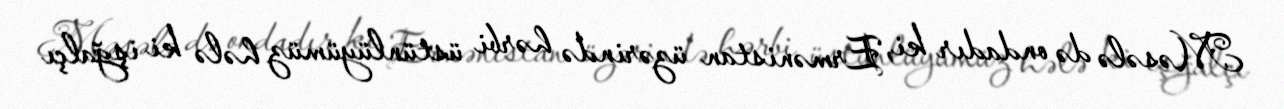
Məsələ də ondadır ki, Ermənistan üzərində hərbi üstünlüyümüz hələ ki işğalçı